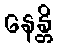
နေန္တိ